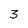
Character: 3